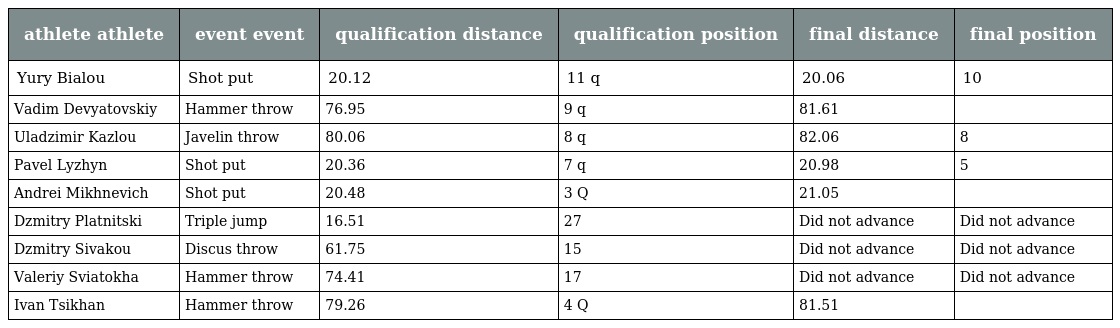
| athlete athlete | event event | qualification distance | qualification position | final distance | final position |
 | --- | --- | --- | --- | --- | --- |
 | Yury Bialou | Shot put | 20.12 | 11 q | 20.06 | 10 |
 | Vadim Devyatovskiy | Hammer throw | 76.95 | 9 q | 81.61 |  |
 | Uladzimir Kazlou | Javelin throw | 80.06 | 8 q | 82.06 | 8 |
 | Pavel Lyzhyn | Shot put | 20.36 | 7 q | 20.98 | 5 |
 | Andrei Mikhnevich | Shot put | 20.48 | 3 Q | 21.05 |  |
 | Dzmitry Platnitski | Triple jump | 16.51 | 27 | Did not advance | Did not advance |
 | Dzmitry Sivakou | Discus throw | 61.75 | 15 | Did not advance | Did not advance |
 | Valeriy Sviatokha | Hammer throw | 74.41 | 17 | Did not advance | Did not advance |
 | Ivan Tsikhan | Hammer throw | 79.26 | 4 Q | 81.51 |  |